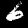
Label: 6